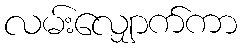
လမ်းလျှောက်ကာ